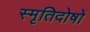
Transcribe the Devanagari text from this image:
स्मृतिदोषों